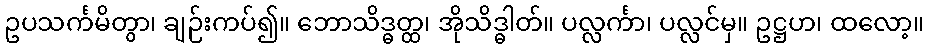
ဥပသင်္ကမိတွာ၊ ချဉ်းကပ်၍။ ဘောသိဒ္ဓတ္ထ၊ အိုသိဒ္ဓါတ်။ ပလ္လင်္ကာ၊ ပလ္လင်မှ။ ဥဋ္ဌဟ၊ ထလော့။